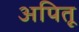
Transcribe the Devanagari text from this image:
अपितू